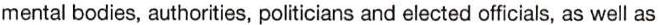
mental bodies, authorities, politicians and elected officials, as well as